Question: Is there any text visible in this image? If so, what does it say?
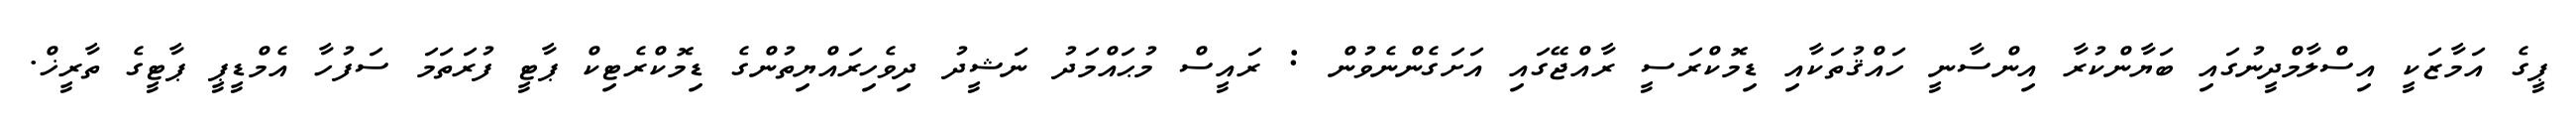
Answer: ޕީގެ އަމާޒަކީ އިސްލާމްދީނުގައި ބަޔާންކުރާ އިންސާނީ ހައްޤުތަކާއި ޑިމޮކްރަސީ ރާއްޖޭގައި އަށަގެންނެވުން : ރައީސް މުޙައްމަދު ނަޝީދު ދިވެހިރައްޔިތުންގެ ޑިމޮކްރެޓިކް ޕާޓީ ފުރަތަމަ ސަފުހާ އެމްޑީޕީ ޕާޓީގެ ތާރީޚް.